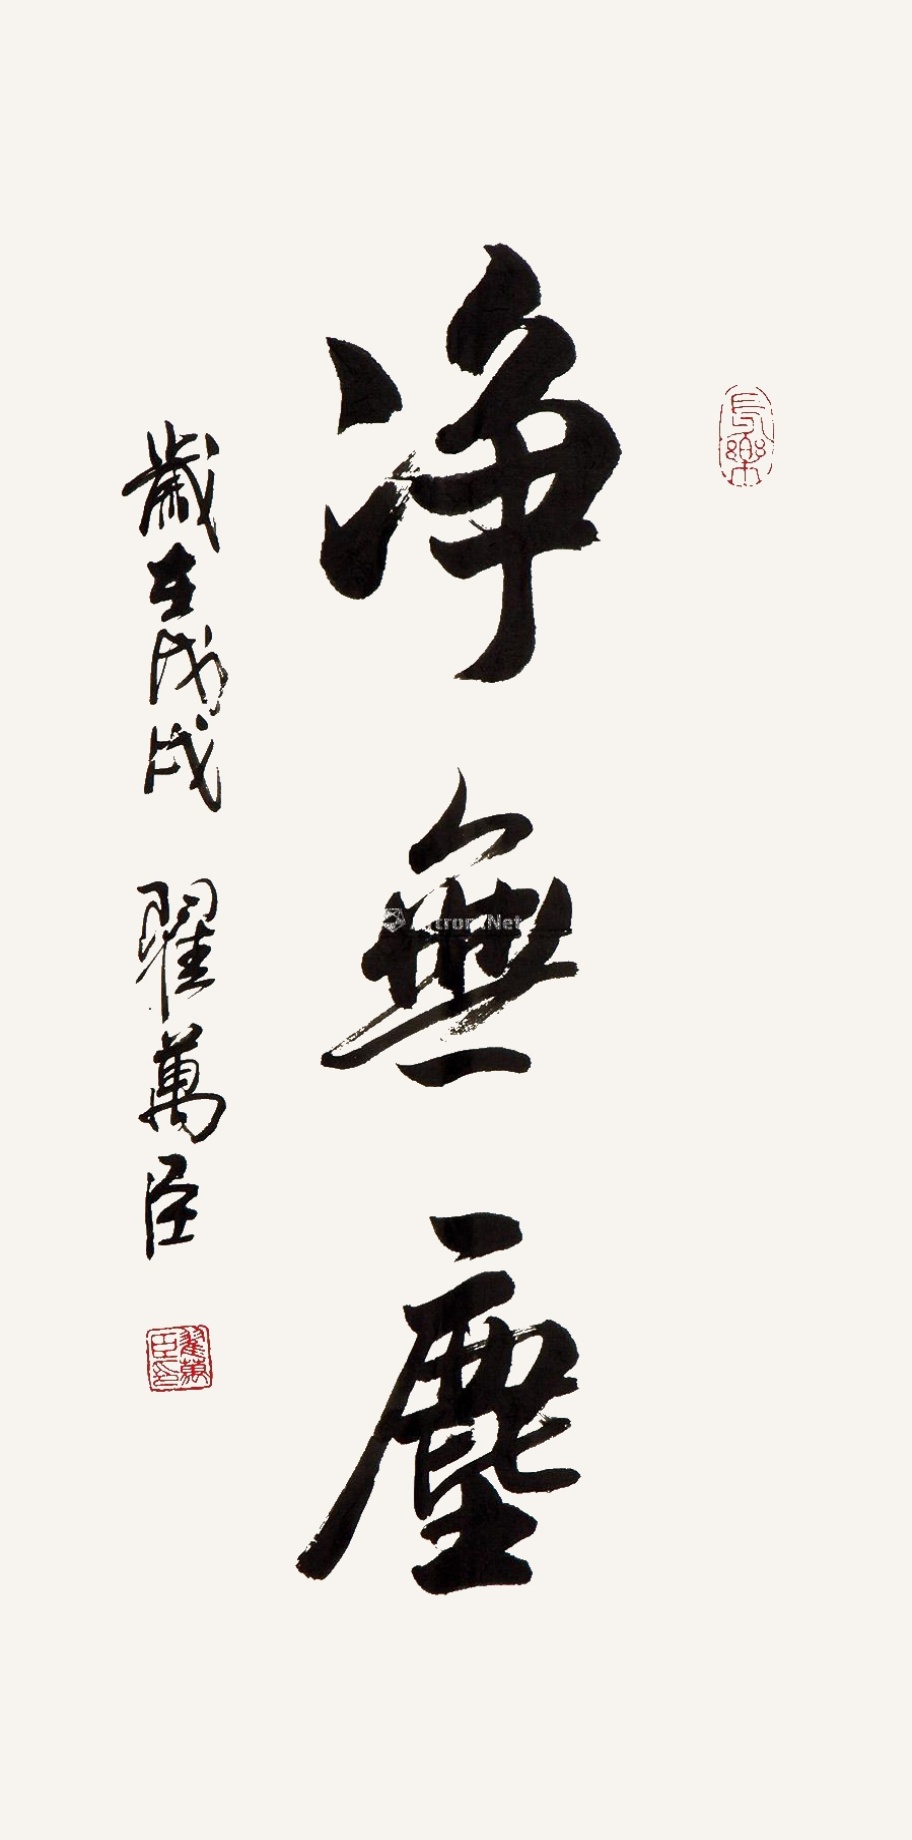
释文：净无尘。岁在戊戌（2018）翟万臣。